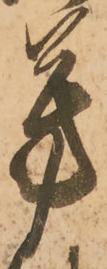
芳